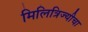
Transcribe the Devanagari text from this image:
मिलित्रिज्यीचा